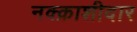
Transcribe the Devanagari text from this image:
नक्क़ाशीदार